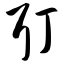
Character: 耵